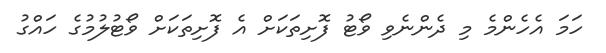
ހަމަ އެހެންމެ މި ދެންނެވި ވޯޓު ފޮށިތަކަށް އެ ފޮށިތަކަށް ވޯޓުލުމުގެ ހައްގު